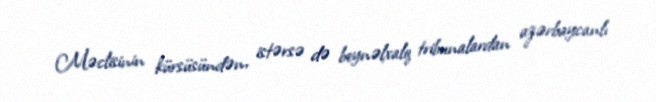
Məclisinin kürsüsündən, istərsə də beynəlxalq tribunalardan azərbaycanlı